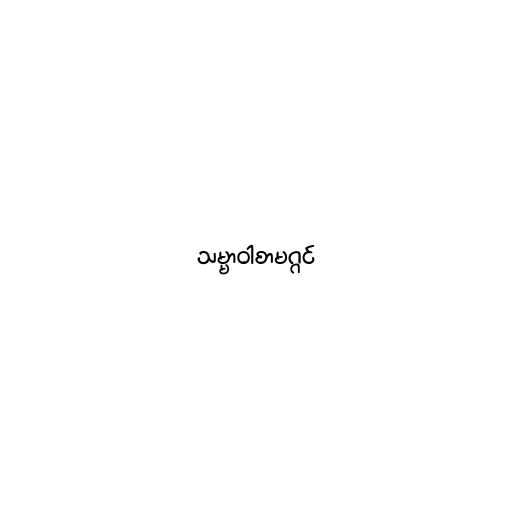
သမ္မာဝါစာမဂ္ဂင်